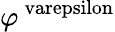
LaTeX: \varphi^{\mathrm{\ varepsilon}}